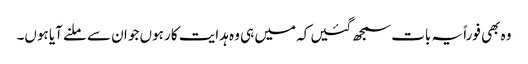
وہ بھی فوراً یہ بات سمجھ گئیں کہ میں ہی وہ ہدایت کار ہوں جو ان سے ملنے آیا ہوں۔